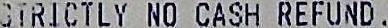
GTRICTLY NO CASH REFUND.